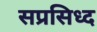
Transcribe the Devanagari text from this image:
सप्रसिध्द